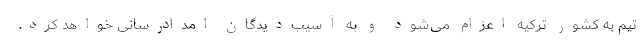
تیم به کشور ترکیه اعزام می‌شود و به آسیب‌دیدگان امدادرسانی خواهد کرد.